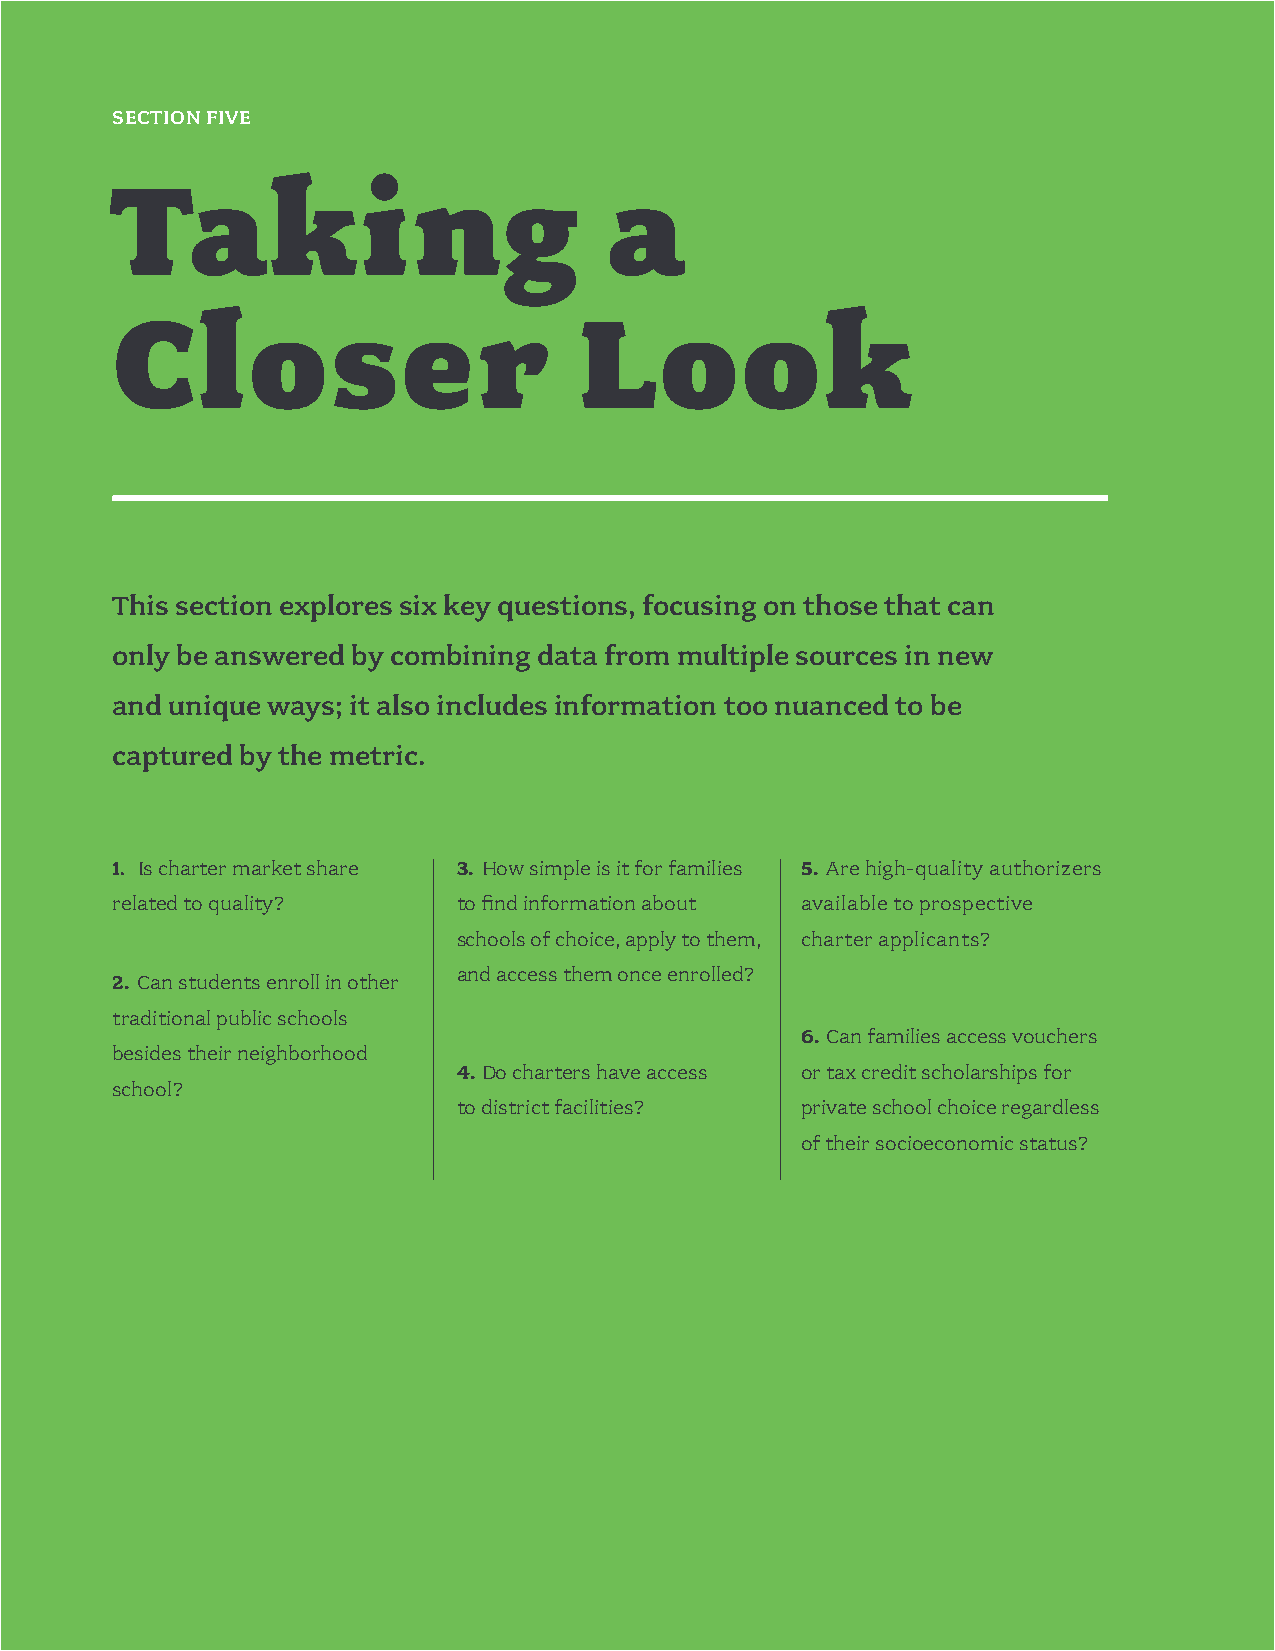
25
 SECTION FIVE
 Taking                           a
 Closer                         Look
 This section explores six key questions, focusing on those that can
 only be answered by combining data from multiple sources in new
 and unique ways; it also includes information too nuanced to be
 captured by the metric.
 1. Is charter market share 3. How simple is it for families 5. Are high-quality authorizers
 related to quality?    to find information about available to prospective
 schools of choice, apply to them, charter applicants?
 and access them once enrolled?
 2. Can students enroll in other
 traditional public schools
 6. Can families access vouchers
 besides their neighborhood
 4. Do charters have access or tax credit scholarships for
 school?
 to district facilities? private school choice regardless
 of their socioeconomic status?